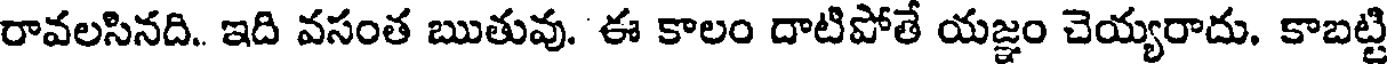
రావలసినది. ఇది వసంత ఋతువు. ఈ కాలం దాటిపోతే యజ్ఞం చెయ్యరాదు. కాబట్టి